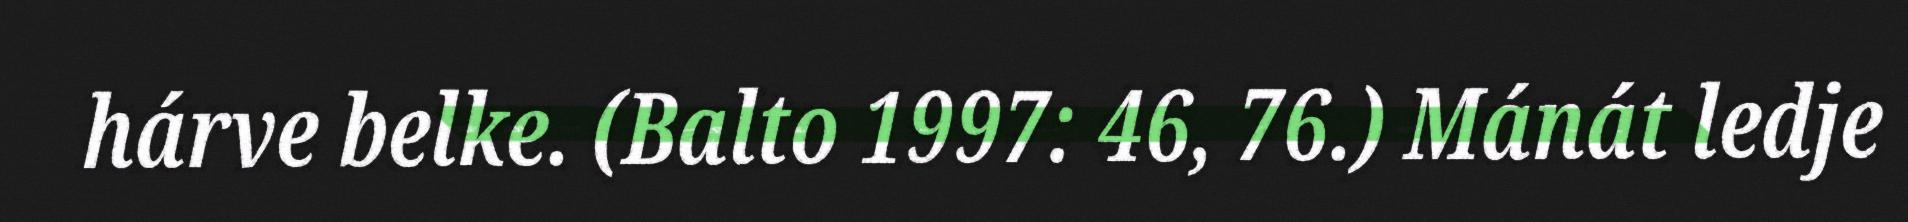
hárve belke. (Balto 1997: 46, 76.) Mánát ledje